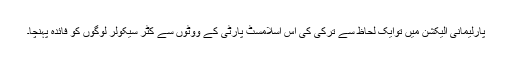
پارلیمانی الیکشن میں توایک لحاظ سے ترکی کی اس اسلامسٹ پارٹی کے ووٹوں سے کٹر سیکولر لوگوں کو فائدہ پہنچا۔